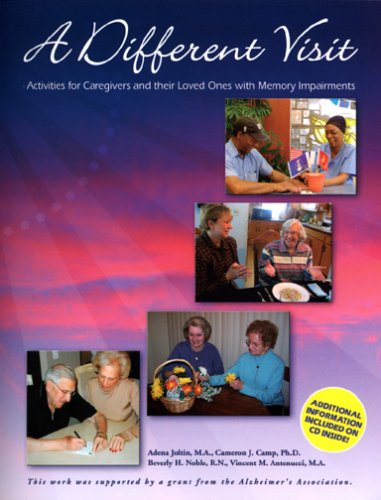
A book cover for A Different Visit: Activities for Caregivers and their Loved Ones with Memory Impairments; Adena Joltin; Parenting & Relationships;